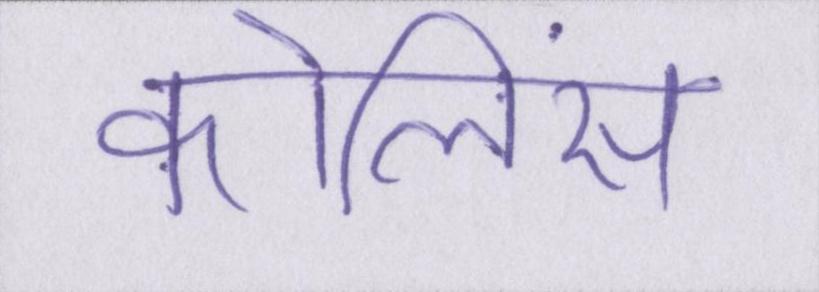
कोलिंस